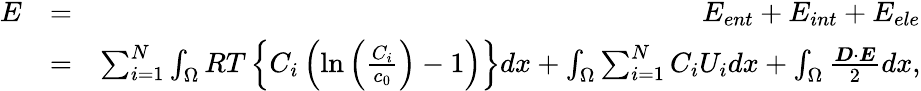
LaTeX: \begin{array}{rlr}{E}&{=}&{E_{ent}+E_{int}+E_{ele}}\\ &{=}&{\sum_{i=1}^{N}\int_{\Omega}RT\left\{ C_{i}\left(\ln{\left(\frac{C_{i}}{c_{0}}\right)}-1\right)\right\} dx+\int_{\Omega}\sum_{i=1}^{N}C_{i}U_{i}dx+\int_{\Omega}\frac{\boldsymbol{D}\cdot\boldsymbol{E}}{2}dx,}\end{array}